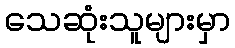
သေဆုံးသူများမှာ